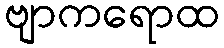
ဗျာကရောထ